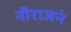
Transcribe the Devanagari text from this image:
नीराजनं